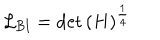
\mathcal { L } _ { \textrm { B I } } = \det \left( H \right) ^ { \frac { 1 } { 4 } }